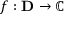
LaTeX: f : \mathbf { D } \rightarrow \mathbb { C }